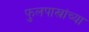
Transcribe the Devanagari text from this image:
फुलपाख्रांच्या